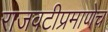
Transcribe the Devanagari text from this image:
राजवटीप्रमाणेच